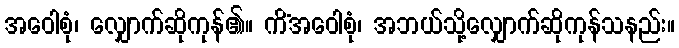
အဝေါစုံ၊ လျှောက်ဆိုကုန်၏။ ကိံအဝေါစုံ၊ အဘယ်သို့လျှောက်ဆိုကုန်သနည်း။